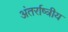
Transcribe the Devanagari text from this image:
अंतर्राष्त्रीय